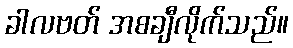
ခါလဗတ် အစချီလိုက်သည်။